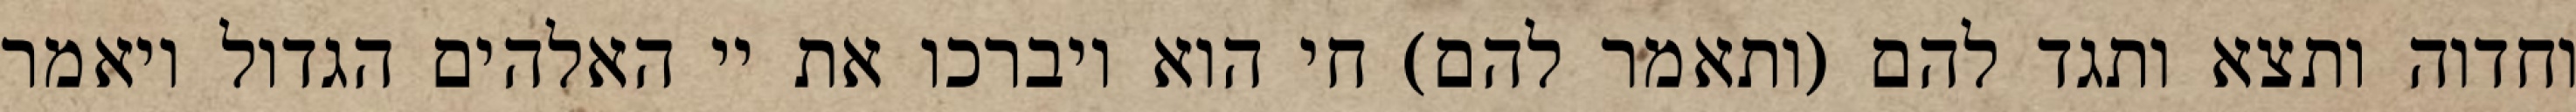
וחדוה ותצא ותגד להם (ותאמר להם) חי הוא ויברכו את יי האלהים הגדול ויאמר